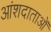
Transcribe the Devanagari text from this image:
आंशदाताओं